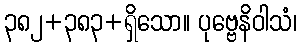
၃၈၂+၃၈၃+ရှိသော။ ပုဗ္ဗေနိဝါသံ၊